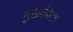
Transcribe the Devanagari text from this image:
मुखाभिनय